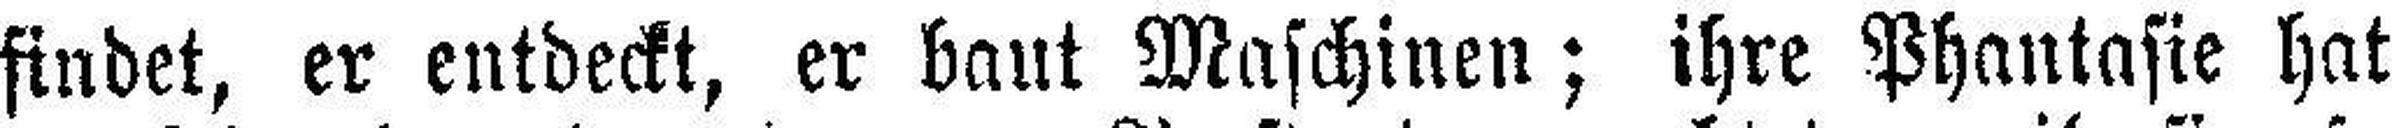
findet, er entdeckt, er baut Maschinen; ihre Phantasie hat